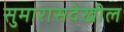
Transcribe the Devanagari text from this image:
सुमारासदेखील